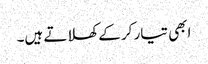
ابھی تیار کر کے کھلاتے ہیں۔